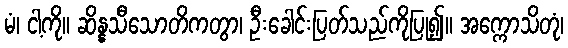
မံ၊ ငါ့ကို။ ဆိန္နသီသောတိကတွာ၊ ဦးခေါင်းပြတ်သည်ကိုပြု၍။ အက္ကောသိတုံ၊